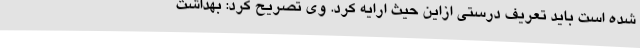
شده است باید تعریف درستی ازاین حیث ارایه کرد. وی تصریح کرد: بهداشت